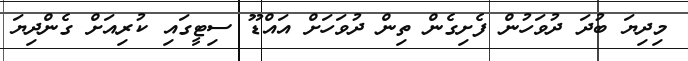
މިދިޔަ ބުދަ ދުވަހުން ފެށިގެން ތިން ދުވަހަށް އައްޑޫ ސިޓީގައި ކުރިއަށް ގެންދިޔަ